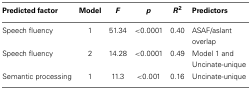
<table><thead><tr><td><b>Predicted factor</b></td><td><b>Model</b></td><td><b><i>F</i></b></td><td><b><i>p</i></b></td><td><b><i>R</i><sup>2</sup></b></td><td><b>Predictors</b></td></tr></thead><tbody><tr><td>Speech fluency</td><td>1</td><td>51.34</td><td>&lt;0.0001</td><td>0.40</td><td>ASAF/aslant overlap</td></tr><tr><td>Speech fluency</td><td>2</td><td>14.28</td><td>&lt;0.0001</td><td>0.49</td><td>Model 1 and Uncinate-unique</td></tr><tr><td>Semantic processing</td><td>1</td><td>11.3</td><td>&lt;0.001</td><td>0.16</td><td>Uncinate-unique</td></tr></tbody></table>